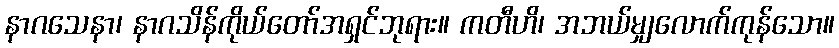
နာဂသေနာ၊ နာဂသိန်ကိုယ်တော်အရှင်ဘုရား။ ကတီဟိ၊ အဘယ်မျှလောက်ကုန်သော။